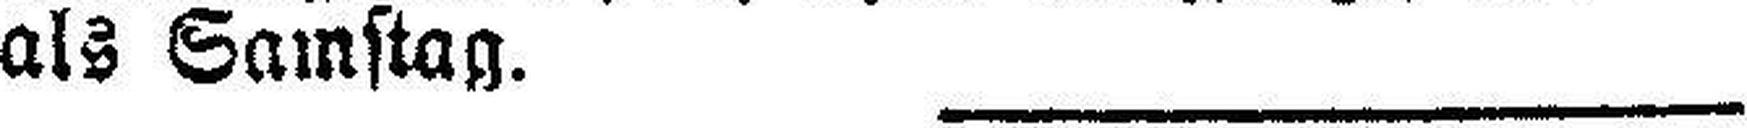
als Samstag.